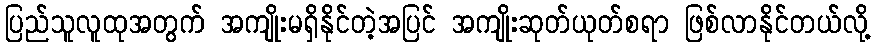
ပြည်သူလူထုအတွက် အကျိုးမရှိနိုင်တဲ့အပြင် အကျိုးဆုတ်ယုတ်စရာ ဖြစ်လာနိုင်တယ်လို့